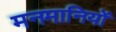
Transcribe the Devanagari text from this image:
मनमानियों